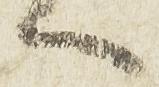
へ